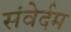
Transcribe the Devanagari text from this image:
संवेर्दम